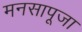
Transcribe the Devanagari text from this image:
मनसापूजा